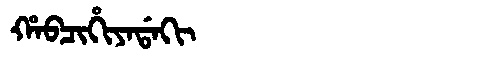
Manchu: ᡥᠠᠪᠴᡳᡥᡳᠶᠠᡩᠠᡴᡳ
Romanization: HABCIHIYADAKI